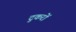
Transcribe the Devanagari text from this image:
टुकरों